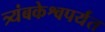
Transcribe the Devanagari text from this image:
त्र्यंबकेश्वपर्यंत